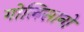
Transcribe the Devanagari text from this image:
गोलिसानो